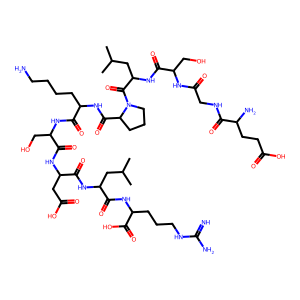
SMILES: CC(C)CC(NC(=O)C(CC(=O)O)NC(=O)C(CO)NC(=O)C(CCCCN)NC(=O)C1CCCN1C(=O)C(CC(C)C)NC(=O)C(CO)NC(=O)CNC(=O)C(N)CCC(=O)O)C(=O)NC(CCCNC(=N)N)C(=O)O
Inhibits HIV replication: No